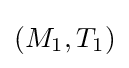
(M_{1},T_{1})